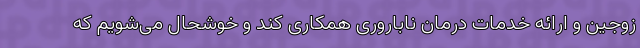
زوجین و ارائه خدمات درمان ناباروری همکاری کند و خوشحال می‌شویم که